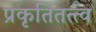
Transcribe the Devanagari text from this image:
प्रकृतितत्त्व